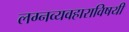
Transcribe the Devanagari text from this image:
लग्नव्यवहाराविषयी